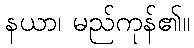
နယာ၊ မည်ကုန်၏။